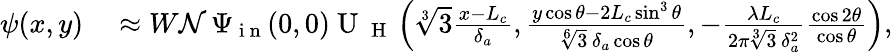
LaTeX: \begin{array}{rl}{\psi(x,y)}&{{}\approx W\mathcal{N}\, \Psi_{\mathrm{~i~n~}}(0,0)\mathrm{~U~}_{\mathrm{~H~}}\left(\sqrt[3]{3}\frac{x-L_{c}}{\delta_{a}},\frac{y\cos\theta-2L_{c}\sin^{3}\theta}{\sqrt[6]{3}\, \delta_{a}\cos\theta},-\frac{\lambda L_{c}}{2\pi\sqrt[3]{3}\, \delta_{a}^{2}}\frac{\cos 2\theta}{\cos\theta}\right),}\end{array}